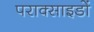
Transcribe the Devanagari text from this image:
पराक्साइडों